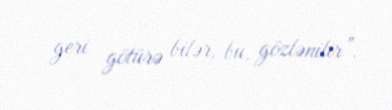
geri götürə bilər, bu, gözlənilir”.